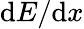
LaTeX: \mathrm{d}E/\mathrm{d}x